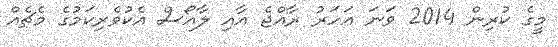
މީގެ ކުރިން 2014 ވަނަ އަހަރު ރާއްޖެ އާއި ލާއޯސް އެކުވެރިކަމުގެ މެޗެއް